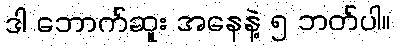
ဒါ ဘောက်ဆူး အနေနဲ့ ၅ ဘတ်ပါ။